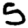
Digit: 5